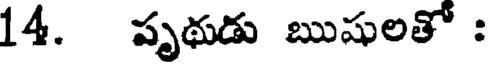
14. పృథుడు ఋషులతో :